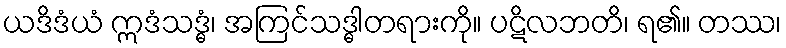
ယဒိဒံယံ ဣဒံသဒ္ဓံ၊ အကြင်သဒ္ဓါတရားကို။ ပဋိလဘတိ၊ ရ၏။ တဿ၊